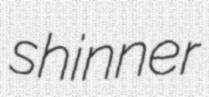
shinner